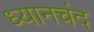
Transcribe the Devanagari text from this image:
ध्‍यानचंद